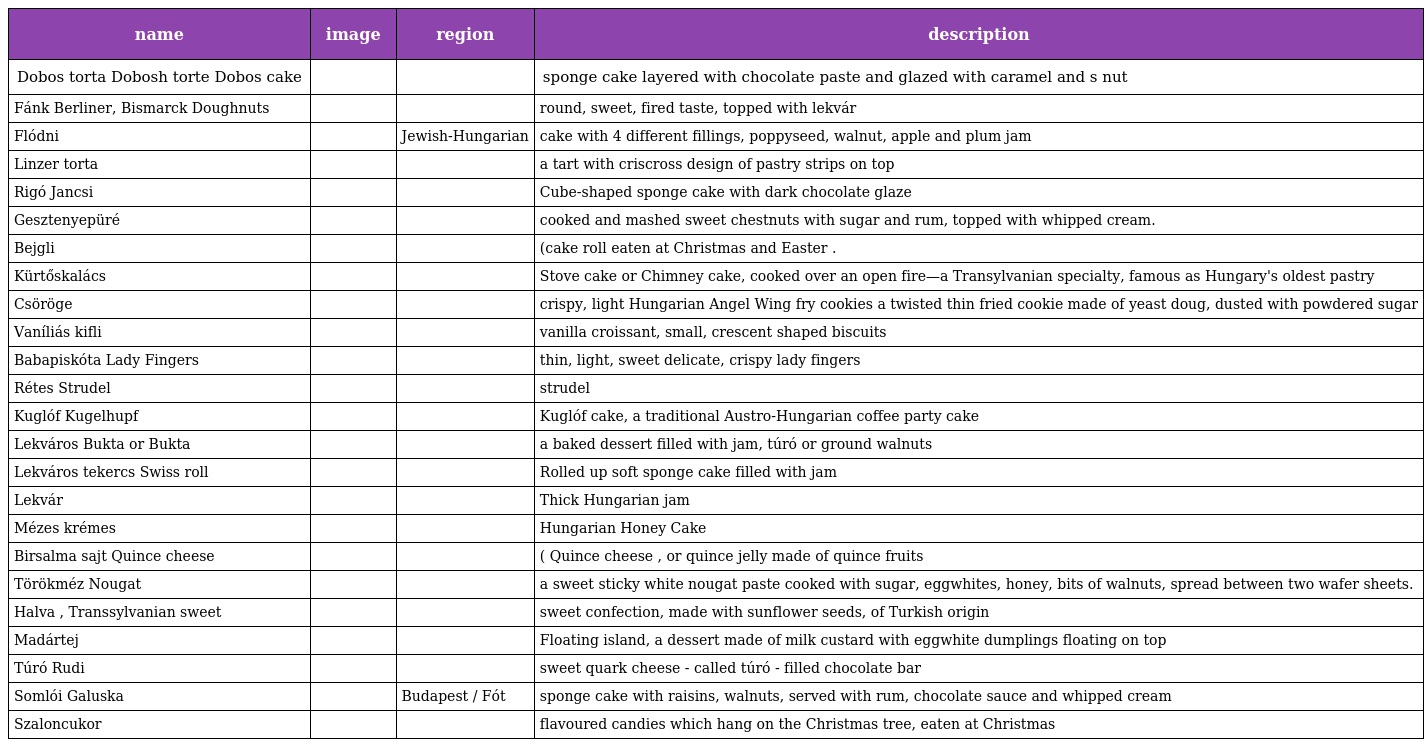
| name | image | region | description |
 | --- | --- | --- | --- |
 | Dobos torta Dobosh torte Dobos cake |  |  | sponge cake layered with chocolate paste and glazed with caramel and s nut |
 | Fánk Berliner, Bismarck Doughnuts |  |  | round, sweet, fired taste, topped with lekvár |
 | Flódni |  | Jewish-Hungarian | cake with 4 different fillings, poppyseed, walnut, apple and plum jam |
 | Linzer torta |  |  | a tart with criscross design of pastry strips on top |
 | Rigó Jancsi |  |  | Cube-shaped sponge cake with dark chocolate glaze |
 | Gesztenyepüré |  |  | cooked and mashed sweet chestnuts with sugar and rum, topped with whipped cream. |
 | Bejgli |  |  | (cake roll eaten at Christmas and Easter . |
 | Kürtőskalács |  |  | Stove cake or Chimney cake, cooked over an open fire—a Transylvanian specialty, famous as Hungary's oldest pastry |
 | Csöröge |  |  | crispy, light Hungarian Angel Wing fry cookies a twisted thin fried cookie made of yeast doug, dusted with powdered sugar |
 | Vaníliás kifli |  |  | vanilla croissant, small, crescent shaped biscuits |
 | Babapiskóta Lady Fingers |  |  | thin, light, sweet delicate, crispy lady fingers |
 | Rétes Strudel |  |  | strudel |
 | Kuglóf Kugelhupf |  |  | Kuglóf cake, a traditional Austro-Hungarian coffee party cake |
 | Lekváros Bukta or Bukta |  |  | a baked dessert filled with jam, túró or ground walnuts |
 | Lekváros tekercs Swiss roll |  |  | Rolled up soft sponge cake filled with jam |
 | Lekvár |  |  | Thick Hungarian jam |
 | Mézes krémes |  |  | Hungarian Honey Cake |
 | Birsalma sajt Quince cheese |  |  | ( Quince cheese , or quince jelly made of quince fruits |
 | Törökméz Nougat |  |  | a sweet sticky white nougat paste cooked with sugar, eggwhites, honey, bits of walnuts, spread between two wafer sheets. |
 | Halva , Transsylvanian sweet |  |  | sweet confection, made with sunflower seeds, of Turkish origin |
 | Madártej |  |  | Floating island, a dessert made of milk custard with eggwhite dumplings floating on top |
 | Túró Rudi |  |  | sweet quark cheese - called túró - filled chocolate bar |
 | Somlói Galuska |  | Budapest / Fót | sponge cake with raisins, walnuts, served with rum, chocolate sauce and whipped cream |
 | Szaloncukor |  |  | flavoured candies which hang on the Christmas tree, eaten at Christmas |